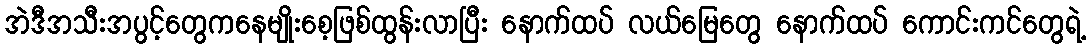
အဲဒီအသီးအပွင့်တွေကနေမျိုးစေ့ဖြစ်ထွန်းလာပြီး နောက်ထပ် လယ်မြေတွေ နောက်ထပ် ကောင်းကင်တွေရဲ့